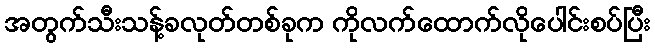
အတွက်သီးသန့်ခလုတ်တစ်ခုက ကိုလက်ထောက်လိုပေါင်းစပ်ပြီး